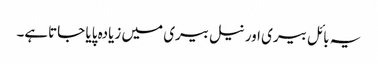
یہ بائل بیری اور نیل بیری میں زیادہ پایا جاتاہے۔